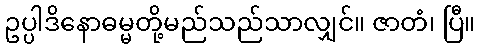
ဥပ္ပါဒိနောဓမ္မတို့မည်သည်သာလျှင်။ ဇာတံ၊ ပြီ။